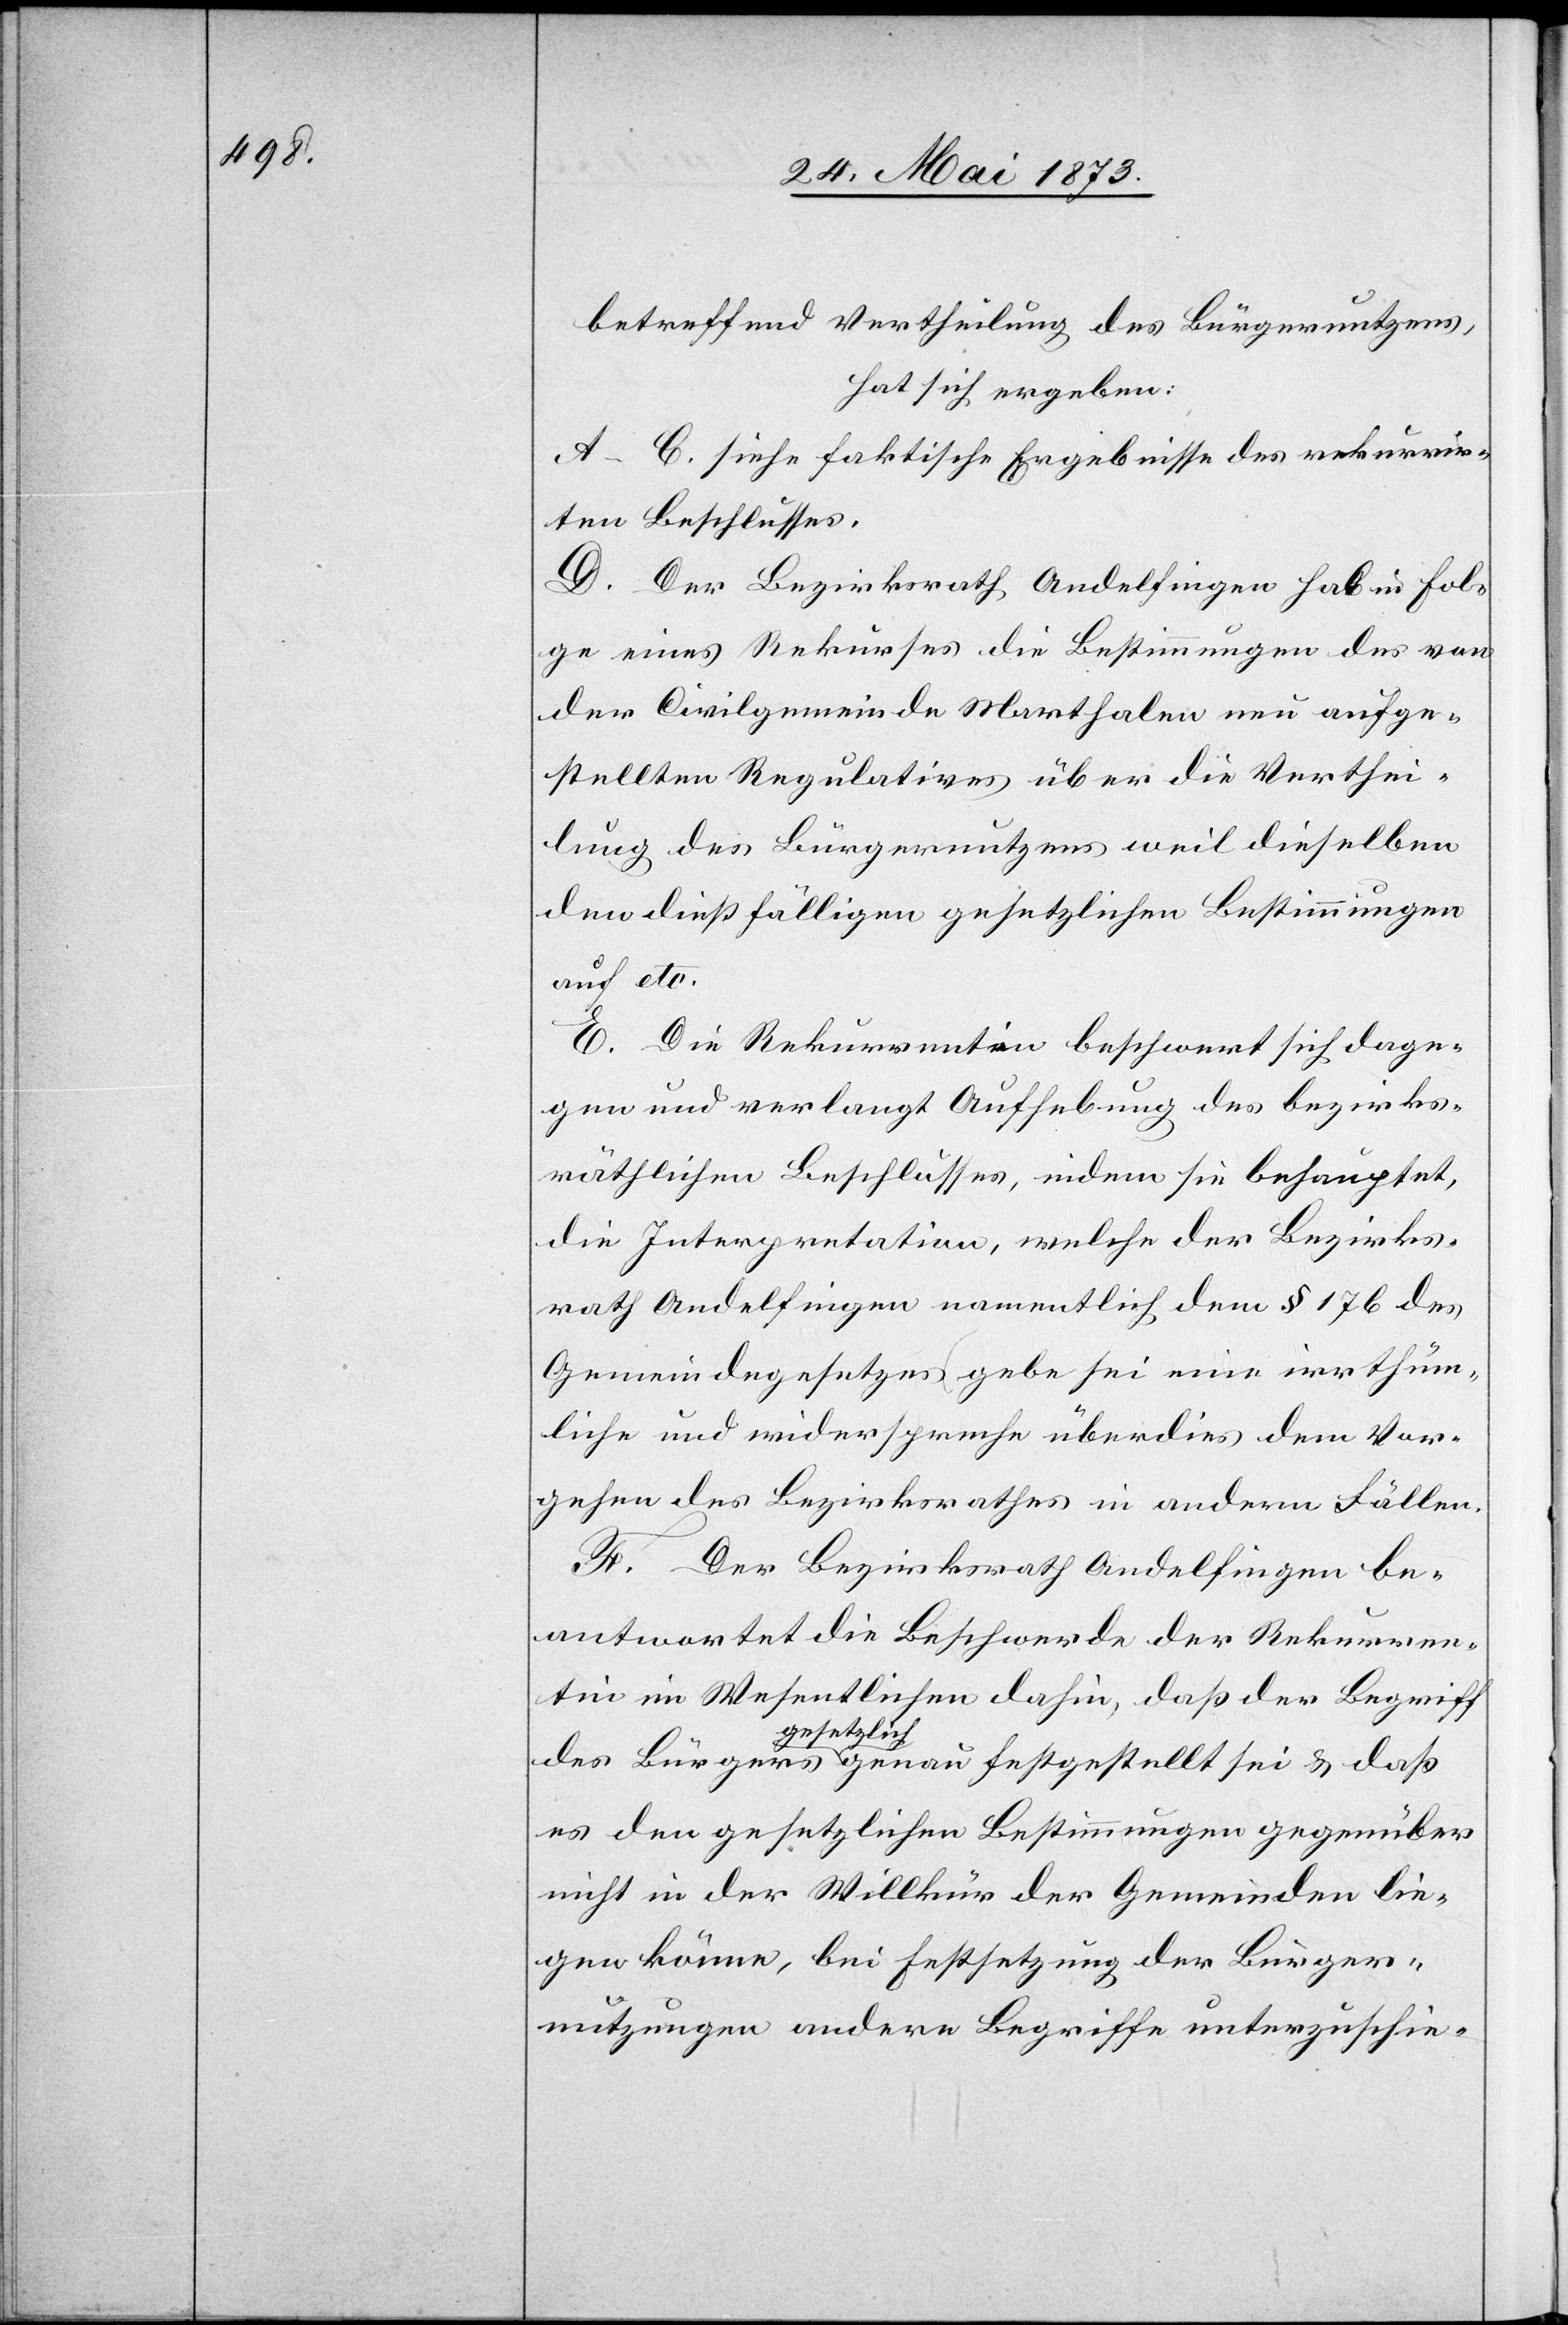
betreffend Vertheilung des Bürgernutzens,
hat sich ergeben:
A–C. siehe faktische Ergebnisse des rekurrir¬
ten Beschlusses.
Folge eines Rekurses die Bestimmungen des von
der Civilgemeinde Marthalen neu aufge¬
stellten Regulatives über die Verthei¬
lung des Bürgernutzens weil dieselben
den dießfälligen gesetzlichen Bestimmungen
auf etc
E. Die Rekurrentin beschwert sich dage¬
gen und verlangt Aufhebung des bezirks¬
räthlichen Beschlusses, indem sie behauptet,
die Interpretation, welche der Bezirks¬
rath Andelfingen namentlich dem § 176 des
Gemeindegesetzes gebe sei eine irrthüm¬
liche und widerspreche überdies dem Vor¬
gehen des Bezirksrathes in andern Fällen.
F. Der Bezirksrath Andelfingen be¬
antwortet die Beschwerde der Rekurren¬
tin im Wesentlichen dahin, daß der Begriff
gesetzlich
es den gesetzlichen Bestimmungen gegenüber
nicht in der Willkür der Gemeinden lie¬
gen könne, bei Festsetzung der Bürger¬
nutzungen andere Begriffe unterzuschie-